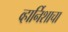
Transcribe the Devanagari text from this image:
व्हार्निशाचा